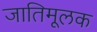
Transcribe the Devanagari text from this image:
जातिमूलक